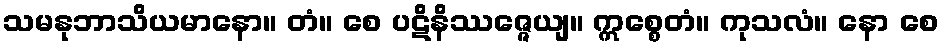
သမနုဘာသိယမာနော။ တံ။ စေ ပဋိနိဿဇ္ဇေယျ။ ဣစ္စေတံ။ ကုသလံ။ နော စေ